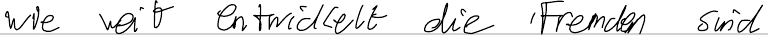
wie weit entwickelt die Fremden sind